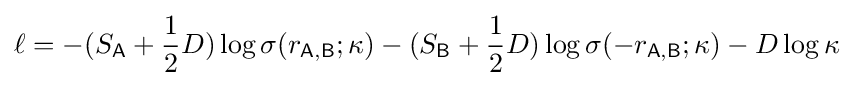
\ell =-(S_{\mathsf {A}}+{\frac {1}{2}}D)\log \sigma (r_{\mathsf {A,B}};\kappa )-(S_{\mathsf {B}}+{\frac {1}{2}}D)\log \sigma (-r_{\mathsf {A,B}};\kappa )-D\log \kappa